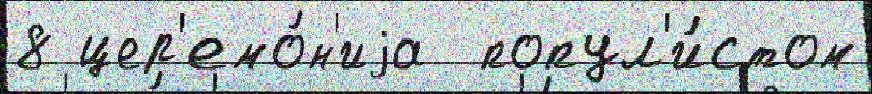
8 цер'емо́н'иjа  попул'и́стом